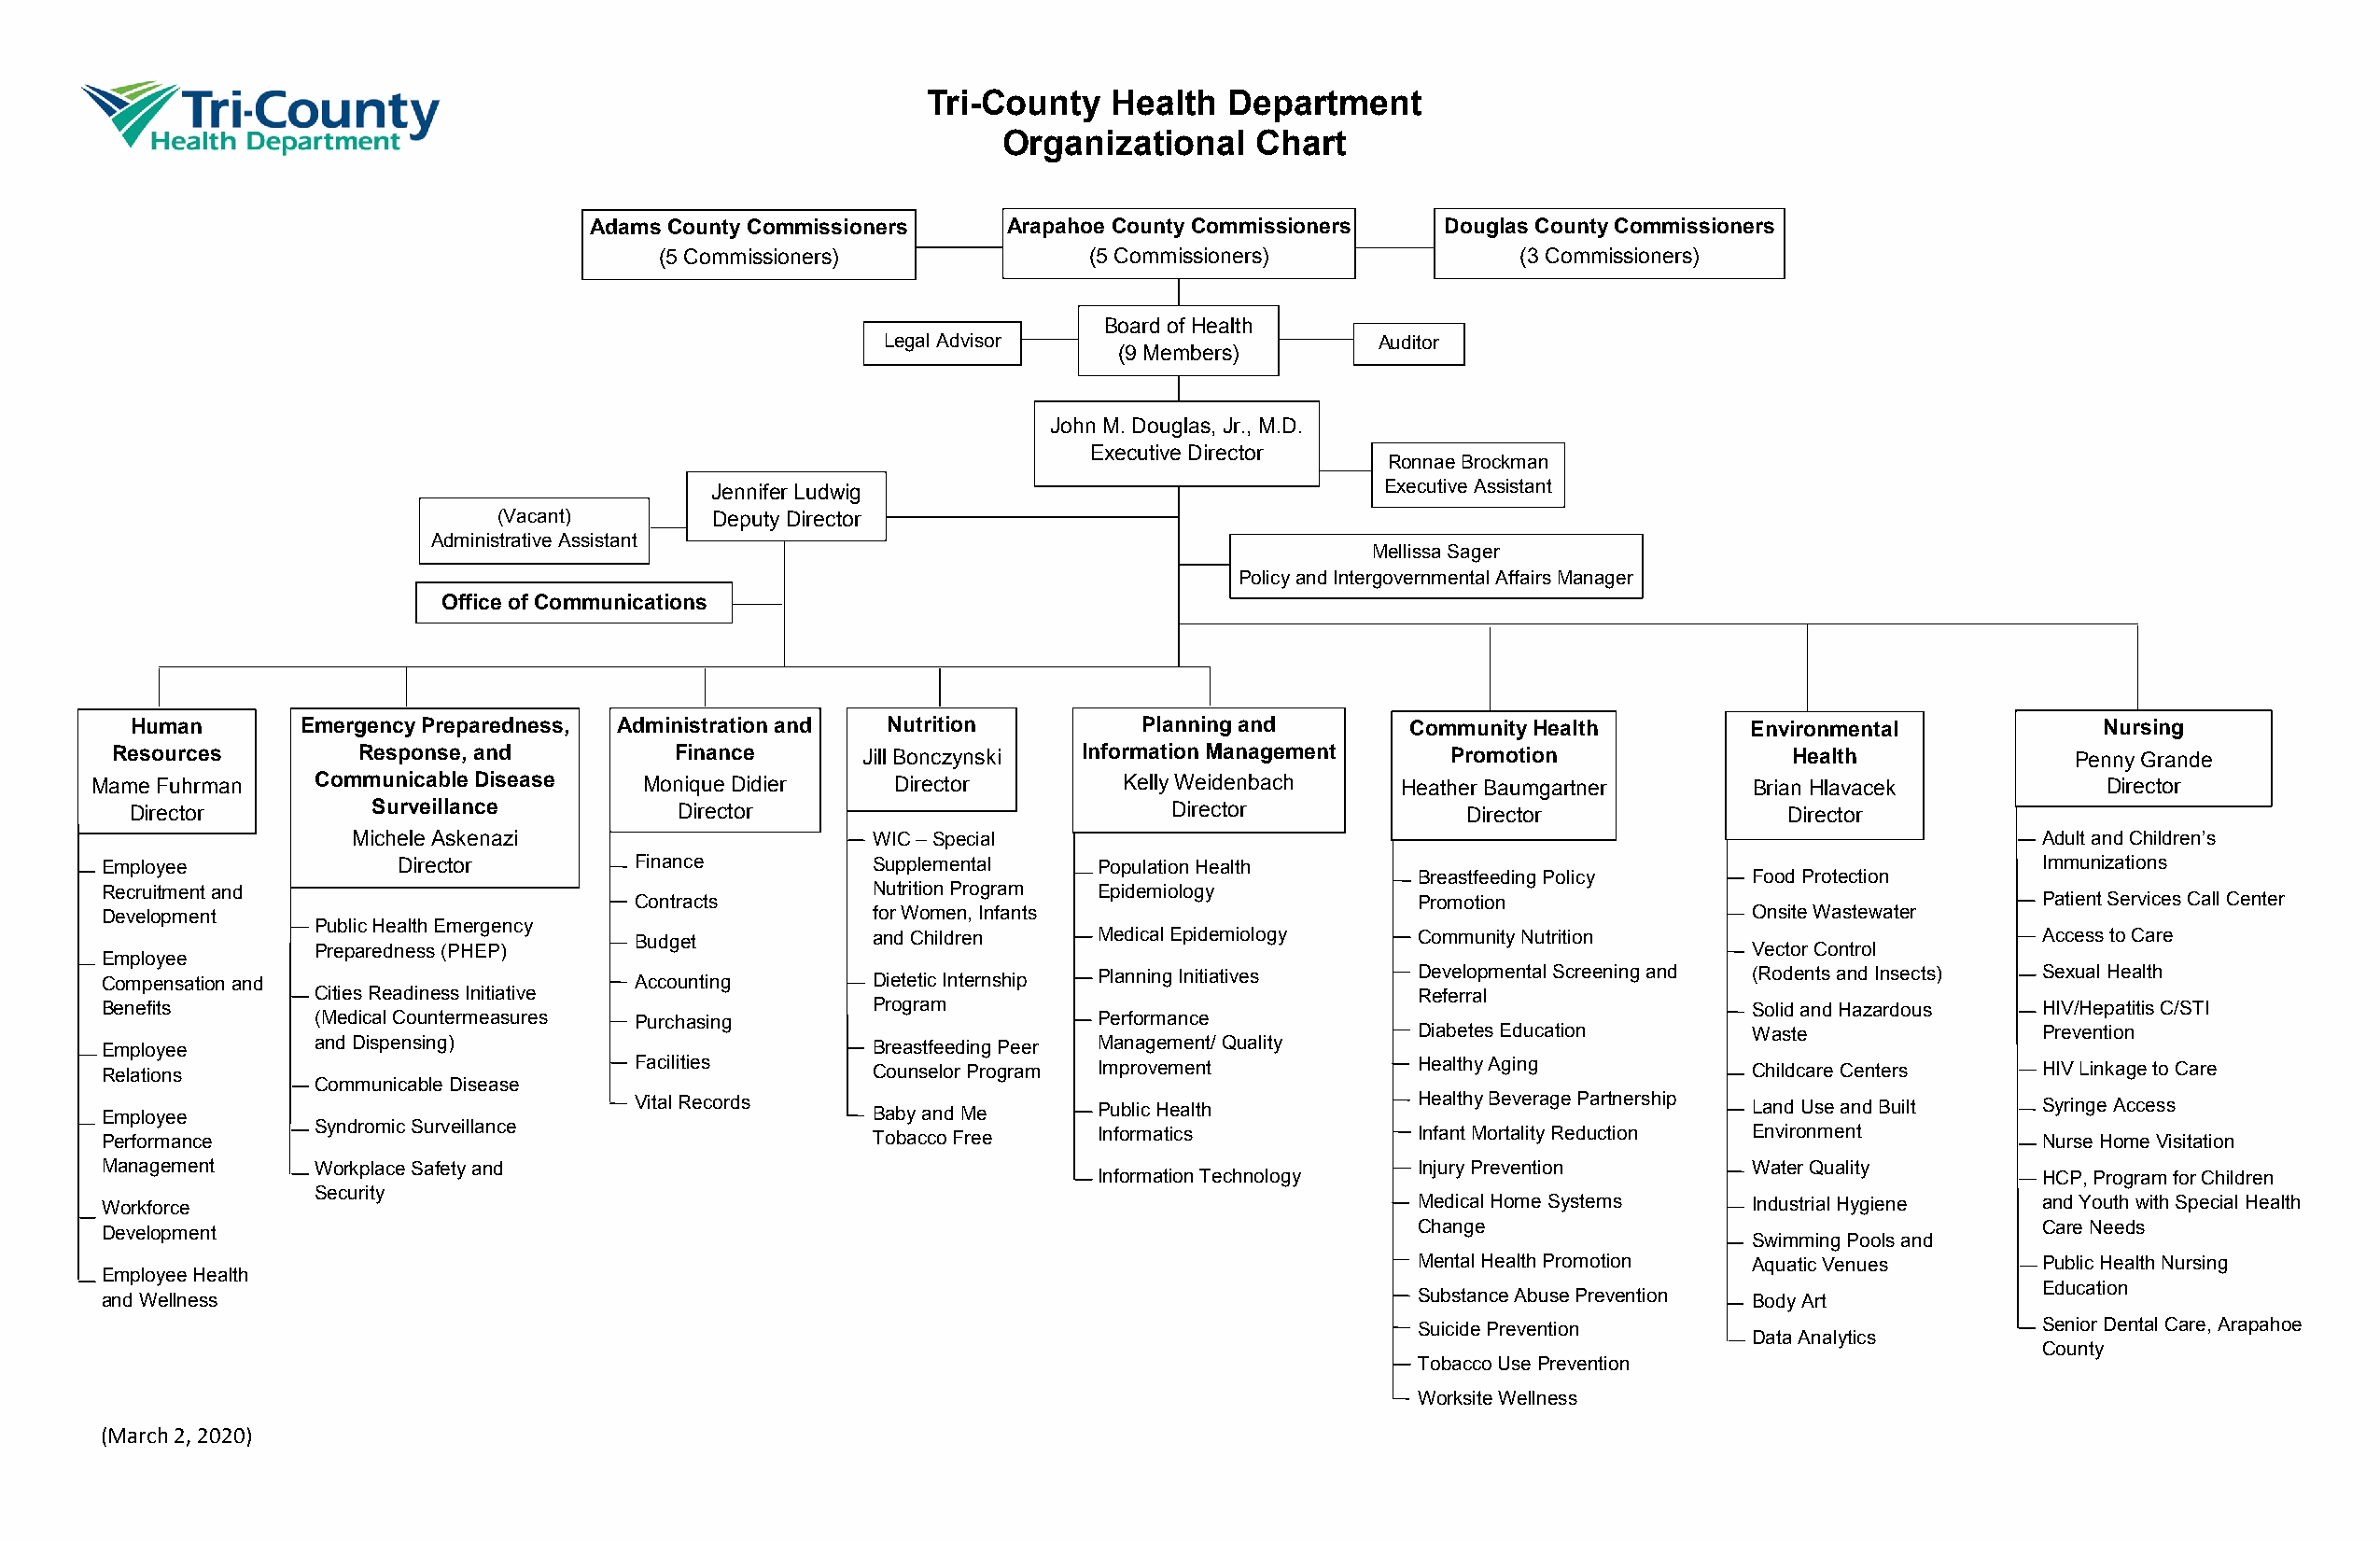
Tri-County   Health  Department
 Organizational    Chart
 Adams County Commissioners   Arapahoe County Commissioners  Douglas County Commissioners
 (5 Commissioners)             (5 Commissioners)              (3 Commissioners)
 Board of Health
 Legal Advisor                      Auditor
 (9 Members)
 John M. Douglas, Jr., M.D.
 Executive Director
 Ronnae Brockman
 Jennifer Ludwig                                 Executive Assistant
 (Vacant)        Deputy Director
 Administrative Assistant
 Mellissa Sager
 Policy and Intergovernmental Affairs Manager
 Office of Communications
 Human       Emergency Preparedness, Administration and Nutrition        Planning and       Community Health        Environmental            Nursing
 Resources        Response, and          Finance      Jill Bonczynski Information Management    Promotion               Health              Penny Grande
 Mame Fuhrman    Communicable Disease    Monique Didier   Director         Kelly Weidenbach   Heather Baumgartner      Brian Hlavacek           Director
 Director         Surveillance          Director                           Director             Director               Director
 Michele Askenazi                     WIC – Special                                                                      Adult and Children’s
 Employee             Director         Finance          Supplemental    Population Health                                                  Immunizations
 Breastfeeding Policy   Food Protection
 Recruitment and                                        Nutrition Program Epidemiology
 Contracts                                               Promotion                                   Patient Services Call Center
 Development                                            for Women, Infants                                            Onsite Wastewater
 Public Health Emergency
 Budget           and Children    Medical Epidemiology   Community Nutrition                         Access to Care
 Preparedness (PHEP)                                                                                   Vector Control
 Employee
 Compensation and                      Accounting       Dietetic Internship Planning Initiatives Developmental Screening and (Rodents and Insects) Sexual Health
 Cities Readiness Initiative                                                    Referral
 Benefits                                               Program                                                       Solid and Hazardous  HIV/Hepatitis C/STI
 (Medical Countermeasures Purchasing                     Performance
 Diabetes Education     Waste                Prevention
 Employee       and Dispensing)                         Breastfeeding Peer Management/ Quality
 Relations                             Facilities       Counselor Program Improvement          Healthy Aging          Childcare Centers    HIV Linkage to Care
 Communicable Disease
 Employee                              Vital Records    Baby and Me     Public Health          Healthy Beverage Partnership Land Use and Built Syringe Access
 Performance    Syndromic Surveillance                  Tobacco Free    Informatics            Infant Mortality Reduction Environment      Nurse Home Visitation
 Management     Workplace Safety and                                                           Injury Prevention      Water Quality
 Information Technology                                             HCP, Program for Children
 Security
 Workforce                                                                                     Medical Home Systems   Industrial Hygiene   and Youth with Special Health
 Change                                      Care Needs
 Development
 Swimming Pools and
 Mental Health Promotion Aquatic Venues      Public Health Nursing
 Employee Health
 Education
 and Wellness                                                                                  Substance Abuse Prevention Body Art
 Suicide Prevention                          Senior Dental Care, Arapahoe
 Data Analytics
 County
 Tobacco Use Prevention
 Worksite Wellness
 (March 2, 2020)